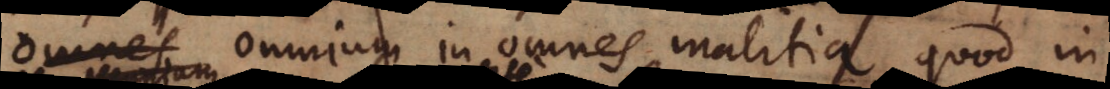
omnium in omnes malitia, quod in